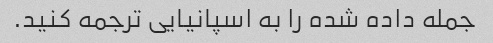
جمله داده شده را به اسپانیایی ترجمه کنید.